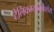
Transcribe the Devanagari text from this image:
टेलिकम्युनिकेशंस